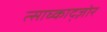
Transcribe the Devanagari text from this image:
त्साघ्काद्ज़ोर